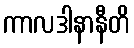
ကာလဒါနာနီတိ